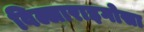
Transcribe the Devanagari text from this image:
विल्लाराइगोसा